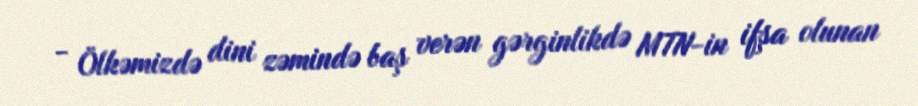
- Ölkəmizdə dini zəmində baş verən gərginlikdə MTN-in ifşa olunan